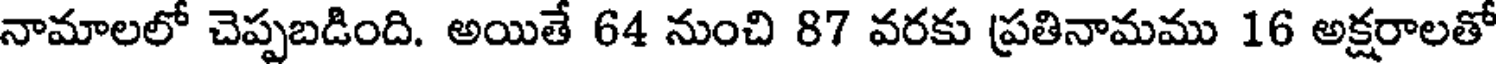
నామాలలో చెప్పబడింది. అయితే 64 నుంచి 87 వరకు ప్రతినామము 16 అక్షరాలతో